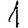
Digit: 1